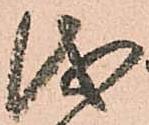
儀